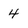
Character: 4